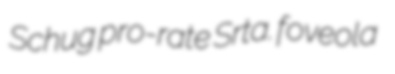
Schug pro-rate Srta. foveola